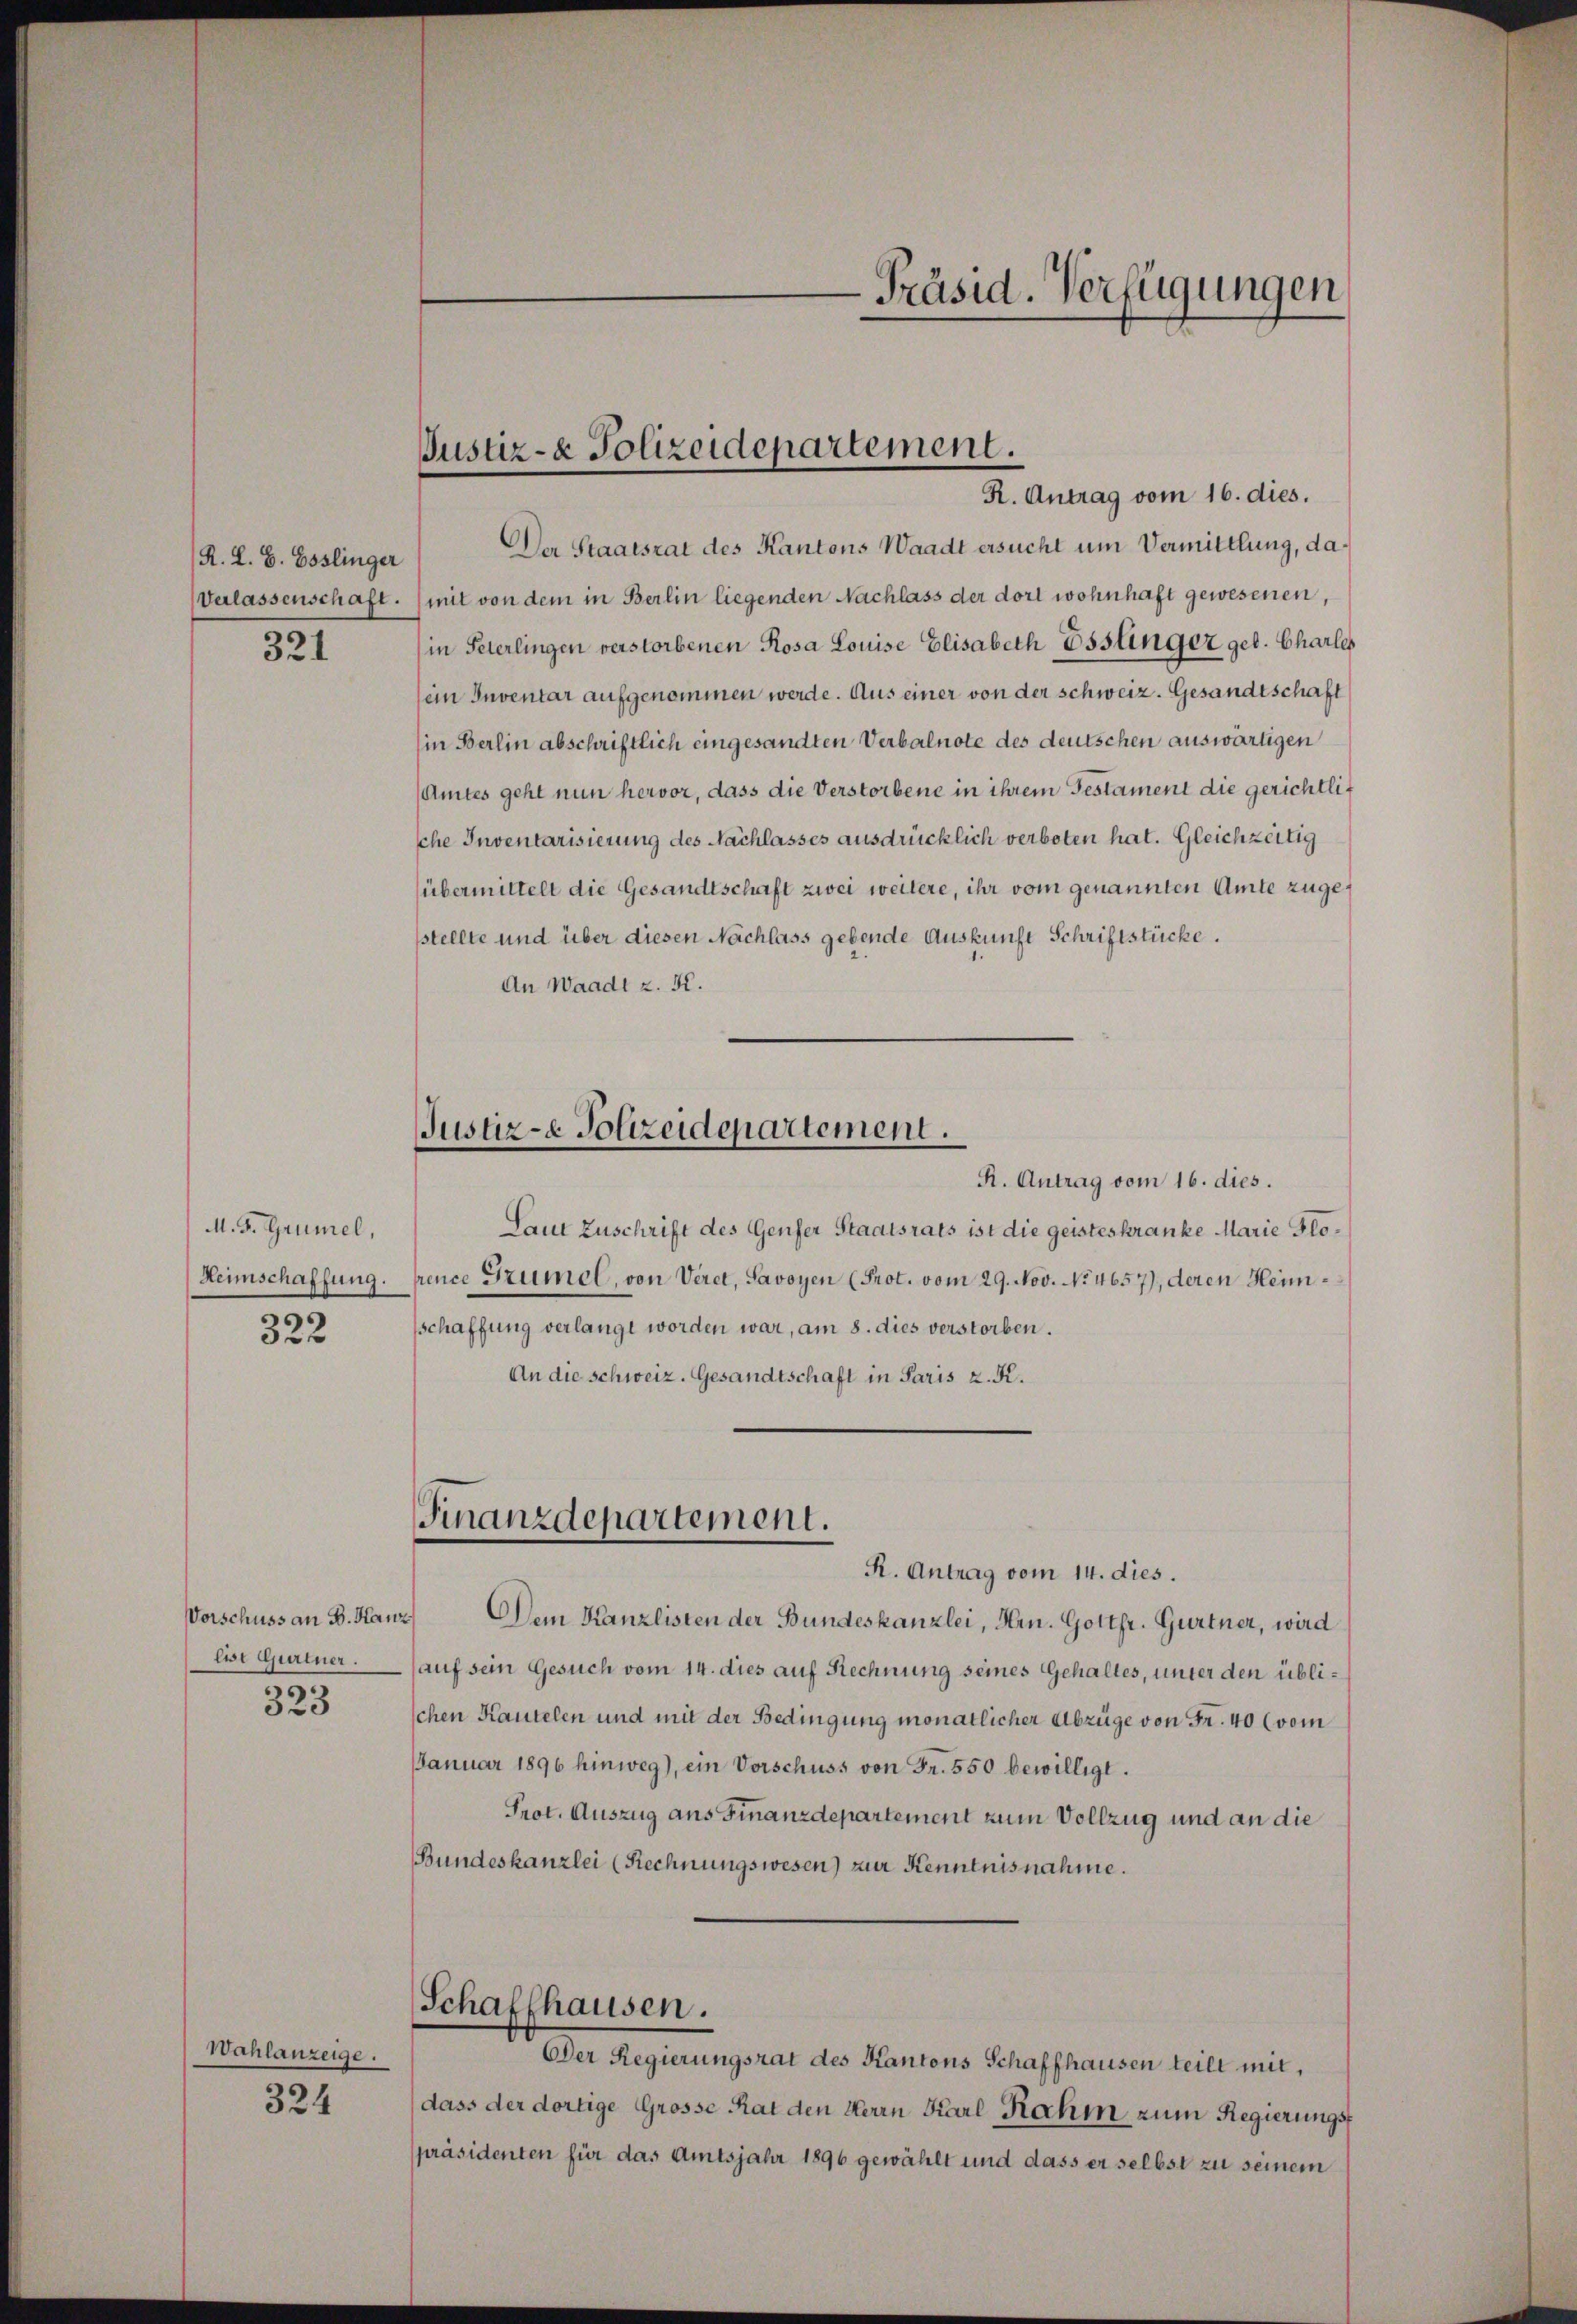
R. L. B. Esslinger
321

M. F. Grünel,
322

Vorschuss an B. Hanz
lii Gurtner.
323

Wahlanzeige.
324

Der Staatsrat des Kantons Waadt ersucht um Vermittlung, da¬
Verlassenschaft. (mit von dem in Berlin liegenden Nachlass der dort wohnhaft gewesenen,
in Peterlingen verstorbenen Rosa Louise Elisabeth Esslinger geb. Charles
(ein Inventar aufgenommen werde. Aus einer von der schweiz. Gesandtschaft
(in Berlin abschriftlich eingesandten Verbalnote des deutschen auswärtigen
(Amtes geht nun hervor, dass die Verstorbene in ihrem Gestament die gerichtlic
che Inventarisierung des Nachlasses ausdrücklich verboten hat. Gleichzeitig
übermittelt die Gesandtschaft zwei weitere, ihr vom genannten Amte zugesstellte und über diesen Nachlass gebende Auskunft Schriftstücke.
An Waadt z. K.
Justiz- & Polizeidepartement.
R. Antrag vom 16. dies.
Laut Zuschrift des Genfer Staatsrats ist die geisteskranke Marie Glo¬
Heimschaffung. Frence Grumel, von Veret, Savoyen (Prot. vom 29. Nov. No 4657), deren Heimsschaffung verlangt worden war, am 8. dies verstorben.
An die schweiz. Gesandtschaft in Paris z. K.

Präsid. Verfügungen

Justiz- & Polizeidepartement.
R. Antrag vom 16. dies.

Finanzdepartement.

R. Antrag vom 14. dies.
Dem Kanzlisten der Bundeskanzlei, Hrn. Gottfr. Gurtner, wird
auf sein Gesuch vom 14. dies auf Rechnung seines Gehaltes, unter den üblischen Kautelen und mit der Bedingung monatlicher Abzüge von Fr. 40 (vom
Januar 1896 hinweg), ein Vorschuss von Fr. 550 bewilligt.
Prot. Auszug aus Finanzdepartement zum Vollzug und an die
Bundeskanzlei (Rechnungswesen) zur Kenntnisnahme.
Schaffhausen.
Der Regierungsrat des Kantons Schaffhausen teilt mit,
dass der dortige Grosse Rat den Herrn Karl Rahm zum Regierungsf
spräsidenten für das Amtsjahr 1896 gewählt und dass er selbst zu seinem